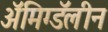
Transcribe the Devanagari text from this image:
ॲमिग्डॅलीन